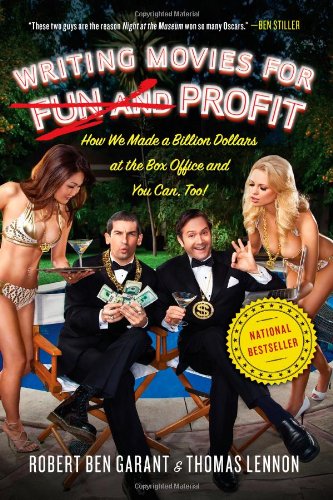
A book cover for Writing Movies for Fun and Profit: How We Made a Billion Dollars at the Box Office and You Can, Too!; Thomas Lennon; Humor & Entertainment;